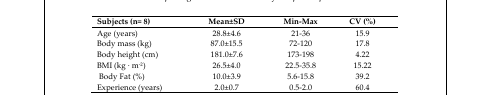
| Subjects (n= 8) | Mean±SD | Min-Max | CV (%) |
 | --- | --- | --- | --- |
 | Age (years) | 28.8±4.6 | 21–36 | 15.9 |
 | Body mass (kg) | 87.0±15.5 | 72–120 | 17.8 |
 | Body height (cm) | 181.0±7.6 | 173–198 | 4.22 |
 | BMI (kg · m−2) | 26.5±4.0 | 22.5–35.8 | 15.22 |
 | Body Fat (%) | 10.0±3.9 | 5.6–15.8 | 39.2 |
 | Experience (years) | 2.0±0.7 | 0.5–2.0 | 60.4 |